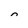
Character: n